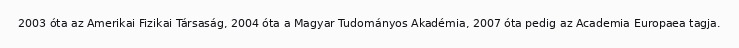
2003 óta az Amerikai Fizikai Társaság, 2004 óta a Magyar Tudományos Akadémia, 2007 óta pedig az Academia Europaea tagja.